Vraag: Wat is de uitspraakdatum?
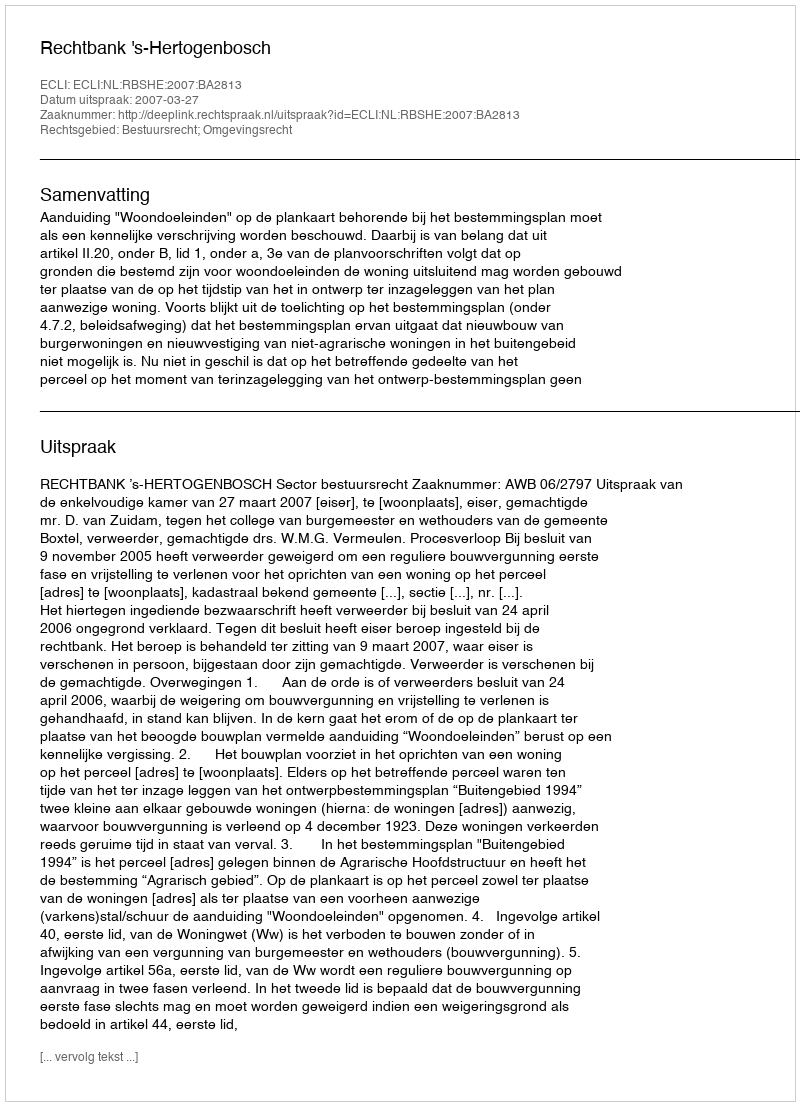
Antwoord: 2007-03-27